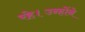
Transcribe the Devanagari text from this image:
रहे।उन्होंने